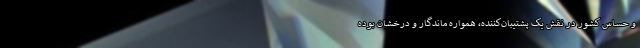
و حساس کشور در نقش یک پشتیبان‌کننده، همواره ماندگار و درخشان بوده